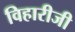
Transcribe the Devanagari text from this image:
विहारीजी